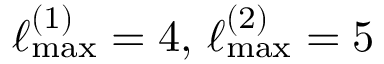
\ell _ { \mathrm { m a x } } ^ { ( 1 ) } = 4 , \, \ell _ { \mathrm { m a x } } ^ { ( 2 ) } = 5